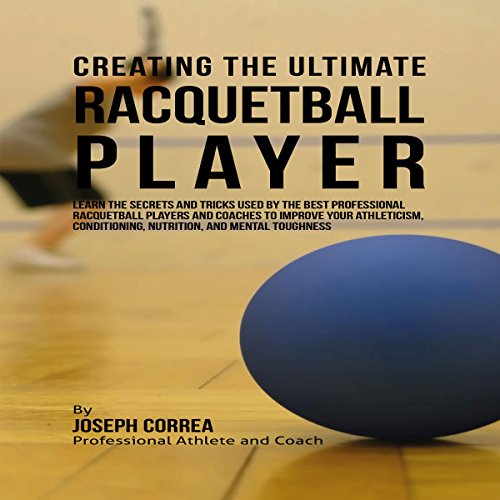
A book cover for Creating the Ultimate Racquetball Player; Joseph Correa; Sports & Outdoors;